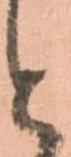
と